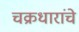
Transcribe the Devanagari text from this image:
चक्रधारांचे